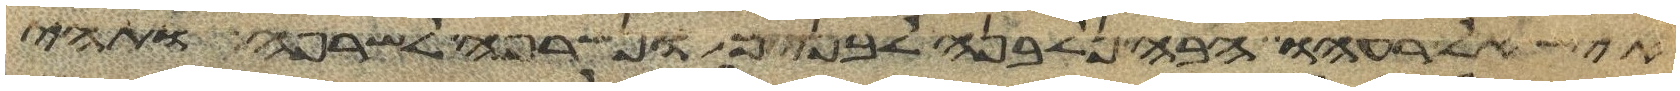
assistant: איש אל רעהו הבה נלבנה לבנים ונשרפה לשרפה ותהי